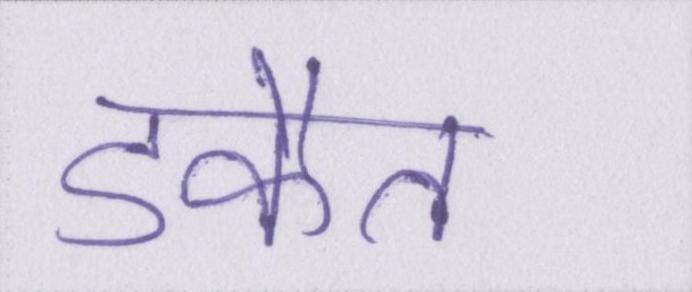
डकैत